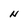
Character: N